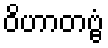
ဝိဟာတဗ္ဗံ